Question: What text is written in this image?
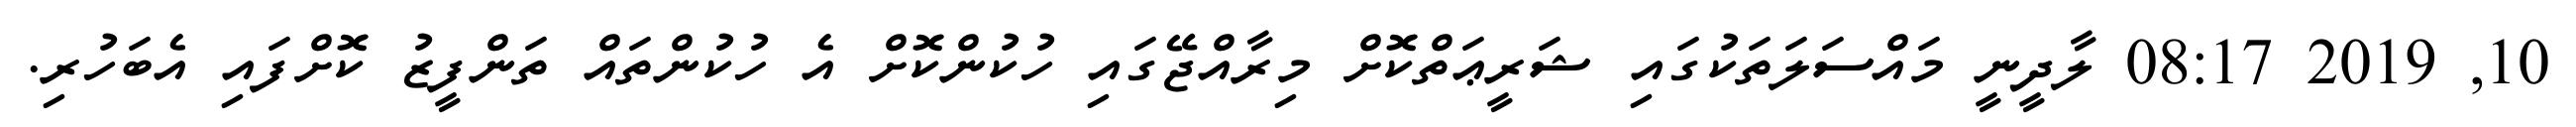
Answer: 10, 2019 08:17 ލާދީނީ މައްސަލަތަކުގައި ޝަރީޢަތްކޮށް މިރާއްޖޭގައި ހުކުންކޮށް އެ ހުކުންތައް ތަންފީޒު ކޮށްފައި އެބަހުރި.